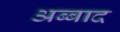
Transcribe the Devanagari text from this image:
अब्बाद